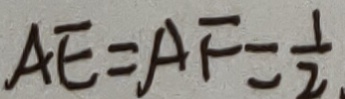
A E = A F = \frac { 1 } { 2 }